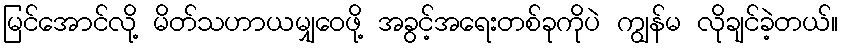
မြင်အောင်လို့ မိတ်သဟာယမျှဝေဖို့ အခွင့်အရေးတစ်ခုကိုပဲ ကျွန်မ လိုချင်ခဲ့တယ်။